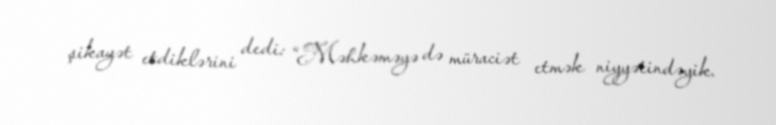
şikayət etdiklərini dedi: “Məhkəməyə də müraciət etmək niyyətindəyik.